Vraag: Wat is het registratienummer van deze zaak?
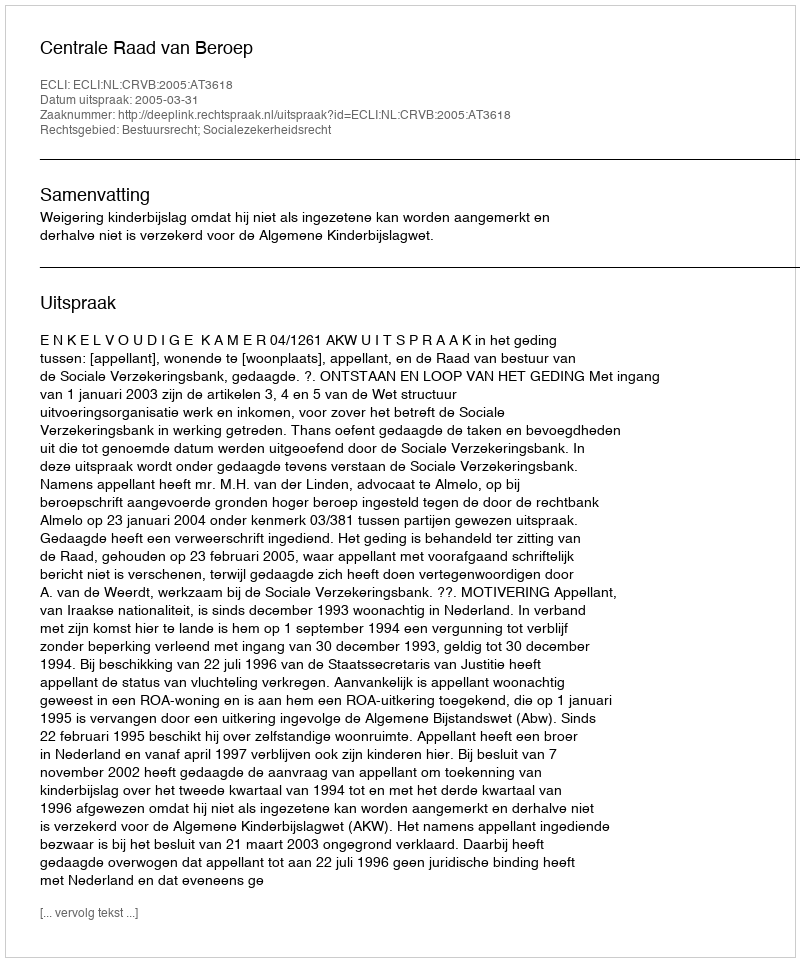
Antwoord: http://deeplink.rechtspraak.nl/uitspraak?id=ECLI:NL:CRVB:2005:AT3618